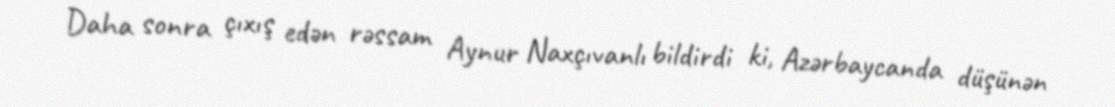
Daha sonra çıxış edən rəssam Aynur Naxçıvanlı bildirdi ki, Azərbaycanda düşünən